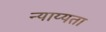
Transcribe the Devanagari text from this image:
न्याय्यता